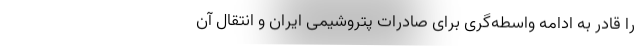
را قادر به ادامه واسطه‌گری برای صادرات پتروشیمی ایران و انتقال آن